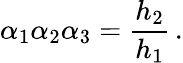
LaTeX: \alpha_{1}\alpha_{2}\alpha_{3}=\frac{h_{2}}{h_{1}}\, .